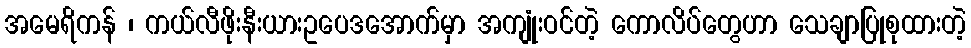
အမေရိကန် ၊ ကယ်လီဖိုးနီးယားဥပေဒအောက်မှာ အကျုံးဝင်တဲ့ ကောလိပ်တွေဟာ သေချာပြုစုထားတဲ့